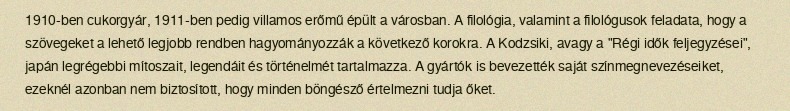
1910-ben cukorgyár, 1911-ben pedig villamos erőmű épült a városban. A filológia, valamint a filológusok feladata, hogy a szövegeket a lehető legjobb rendben hagyományozzák a következő korokra. A Kodzsiki, avagy a "Régi idők feljegyzései", japán legrégebbi mítoszait, legendáit és történelmét tartalmazza. A gyártók is bevezették saját színmegnevezéseiket, ezeknél azonban nem biztosított, hogy minden böngésző értelmezni tudja őket.